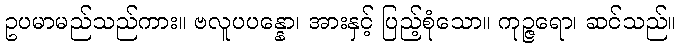
ဥပမာမည်သည်ကား။ ဗလူပပန္နော၊ အားနှင့် ပြည့်စုံသော။ ကုဉ္ဇရော၊ ဆင်သည်။